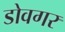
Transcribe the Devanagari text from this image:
डोवगर